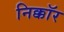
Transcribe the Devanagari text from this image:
निक्कॉर